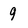
Character: 9